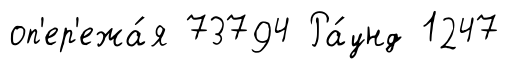
оп'ер'ежа́я 73794 Ра́унд 1247